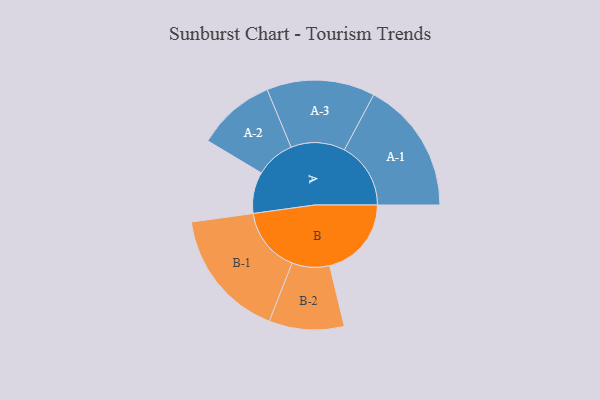
{"axis": {"x": "Segment", "y": "Value"}, "legend": ["", "A", "B"], "data": [{"x": "A", "y": 180, "type": ""}, {"x": "B", "y": 355, "type": ""}, {"x": "A-1", "y": 288, "type": "A"}, {"x": "A-2", "y": 170, "type": "A"}, {"x": "A-3", "y": 235, "type": "A"}, {"x": "B-1", "y": 282, "type": "B"}, {"x": "B-2", "y": 163, "type": "B"}]}